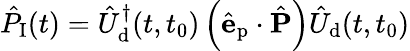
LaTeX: \hat{P}_{\textrm{I}}(t)=\hat{U}_{\textrm{d}}^{\dagger}(t,t_{0})\left(\hat{\mathbf{e}}_{\textrm{p}}\cdot\hat{\mathbf{P}}\right)\hat{U}_{\textrm{d}}(t,t_{0})